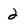
Character: 2